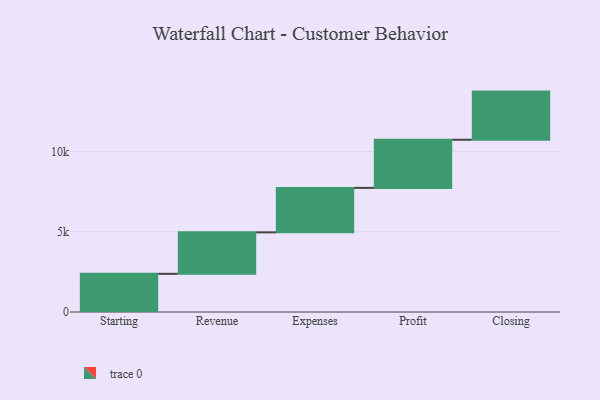
{"axis": {"x": "Step", "y": "Value"}, "legend": [""], "data": [{"x": "Starting", "y": 2379.0, "type": ""}, {"x": "Revenue", "y": 2584.0, "type": ""}, {"x": "Expenses", "y": 2771.0, "type": ""}, {"x": "Profit", "y": 3000, "type": ""}, {"x": "Closing", "y": 3000, "type": ""}]}